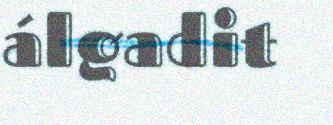
álgadit